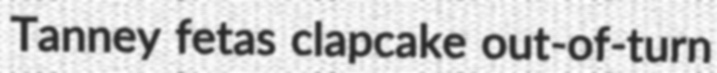
Tanney fetas clapcake out-of-turn